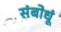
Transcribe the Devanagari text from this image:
संबोधूं